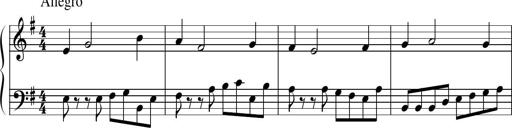
Title: Sonatine No.1 in E minor
Composer: Klaus Jung
Key: E minor